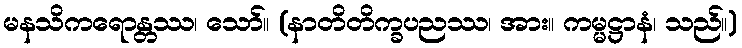
မနသိကရောန္တဿ၊ သော်။ (နာတိတိက္ခပညဿ၊ အား။ ကမ္မဋ္ဌာနံ၊ သည်။)